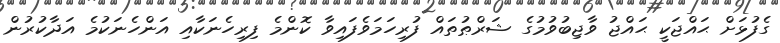
ގެފުޅަށް ޙައްޖަކީ ޙައްޖު ވާޖިބުވުމުގެ ޝަރްޠުތައް ފުރިހަމަވެފައިވާ ކޮންމެ ފިރިހެނަކާއި އަންހެނަކުމެ އަދާކުރުން